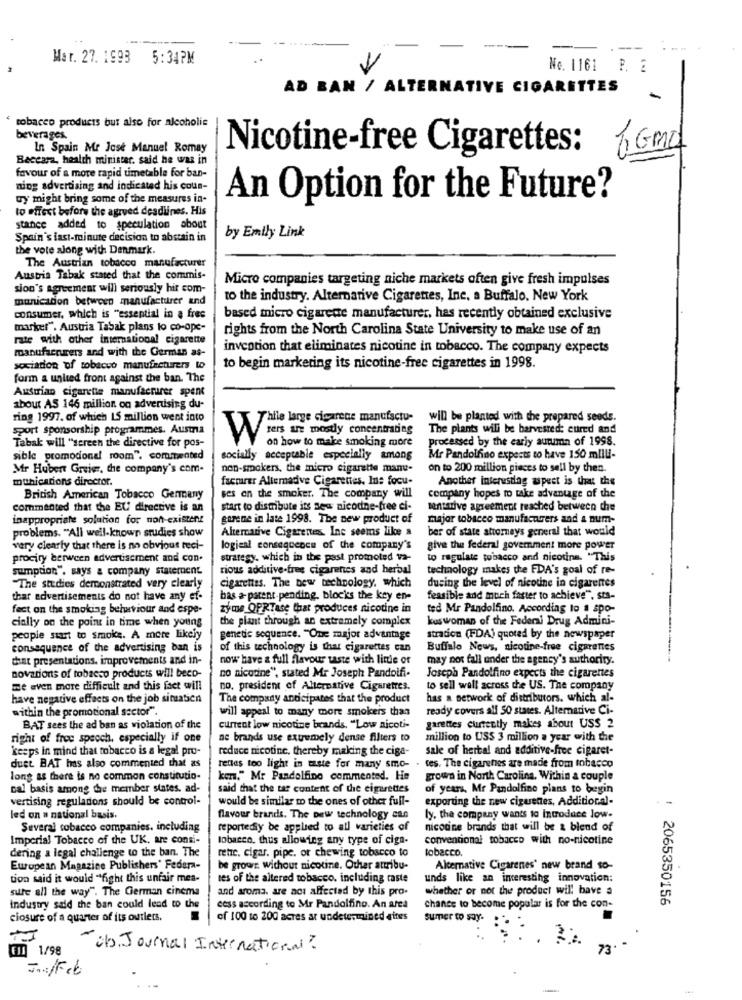
-----
Mar. 27. 1993 5:34PM
No. 1161 P. 2
AD BAN / ALTERNATIVE CIGARETTES
-
tobacco products but also for alcoholic
beverages.
In Spain Me Jose Manuel Romay
Nicotine-free Cigarettes: 1Gmo
Baccara, health minister. said he was in
favour of a more rapid umetable for ban-
ning advertising and indicated his coun-
ty might bring some of the measures in-
An Option for the Future?
to effect before the agrved deadlines. His
stance added to speculation about
Spain's last-minute decision to abstain in
by Emily Link
the vote along with Denmark.
The Austrian tobacco manufacturer
Austria Tabak stated that the commis-
Micro companies targeting niche markets often give fresh impulses
sion's agreement will seriously hir com-
munication between manufacturer and
to the industry. Alternative Cigarettes, Inc. a Buffalo, New York
consumer, which is "essential in a free
based micro cigarede manufacturer, has recently obtained exclusive
marker", Austria Tabak plans to co-ope-
rights from the North Carolina State University to make use of an
rate with other international cigarette
manufacturers and with the German as-
invention that eliminates nicotine in tobacco. The company expects
sociation of tobacco manufacturers wo
to begin marketing its nicotine-free cigarettes in 1998.
form a united front against the ban. The
Austrian cigarette manufacturer spent
about AS 146 million on advertising du-
ring 1997. of which LS million went into
Thile large cigarene manufactu-
will be planted with the prepared seeds.
sport sponsorship programmes. Austria
The plants will be barvested: cured and
on how to make smoking more
Processed by the early autumn of 1998.
Tabak will "screen the directive for pos-
sible promodonal room". commented
socially acceptable especially among
Mr Pandolfino expects to have 150 milli-
Mr Hubert Greier, the company's com-
non-smokers, the micro cigarette manu-
on to 200 million pieces to sell by then.
munications director.
facturer Alternadve Cigarettes. Ine focu-
Another interesting wpeet is that the
British American Tobacco Germany
ses on the smoker. The company will
company hopes to take advantage of the
commented that the EU directive is an
start to distribute its sew nicodne-free ci-
mentative agreement reached between the
inappropriate solution for non-existent
gorene in late 1998. The new product of
major tobacco manufacturers and a num-
Alternative Cigarentes. Inc seems like a
ber of state attorneys general that would
problems. "All well-known studies show
very clearly that there is no obvious reci-
logical consequence of the company's
give the federal government more power
procity berween advertisement and con.
strategy. which in the past promoted va-
to regulate tobacco and nicotina. "This
sumption", says & company statement
rious additive-free cigarettes and herbal
technology makes the FDA's goal of re-
"The studies demonstrated very clearly
cigarettes. The new technology, which
during the level of nicodne in cigarettes
that advertisements do not have any ef-
has a patent pending. blocks the key en-
feasible and much faster to achieve", sts-
fect on the smoking belurviour and espe-
zyme OPRTase that produces nicotine in
ted Mr Pandolfino. According to a spo-
cially on the point in time when young
the plant through an extremely complex
kus woman of the Federal Drug Admini-
people start to smoke. A more likely
genetic sequence. "One major advantage
stration (FDA) quoted by the newspaper
consequence of the advertising ban is
of this technology is that cigarettes can
Buffalo News, nicotine-free cigarettes
that presentations. improvements and in-
now have a full flavour taste with little of
may not fall under the agency's authority.
novations of tobacco products will beco-
no nicotine", stated Mr Joseph Pandolfi-
Joseph Pandolfino expects the cigarettes
me even more difficult and this fact will
no, president of Alternative Cigarettes.
to sell wall across the US. The company
have negative effects on the job simaticn
The company anticipates that the product
has a network of distributors, which al-
within the promotional sector".
will appeal to many more smokers than
ready covers all 50 states. Alternative Ci-
BAT sees the ad ban as violation of the
current low nicotine brands. "Low nicoti-
garettes currently makes about US$ 2
right of froe speoch, especially if one
ne brands use extremely dense filters to
million to USS 3 million a year with the
keeps in mind that tobacco is a legal pro-
reduce nicotine, thereby making the ciga-
sale of herbal and additive-free cigaret-
duet BAT has also commented that as
rentes too light in taste for many smo- . tes. The cigarenies are made from tobacco
long as there is no common constitutio-
ken." Mr Pandolfino commented. He
grown in North Carolina. Within a couple
cal basis among the member states. ad-
said that the tar content of the cigarettes
of years, Mr Pandolfino plans to begin
vertising regulations should be control-
would be similar mo the ones of other full-
exporting the new ciguentes, Additional-
led on a national basis.
flavour brands. The new technology can
ly. the company wants to Introduce low-
Several tobacco companies, including
reportedly be applied to all varieties of
nicodine brands that will be & blend of
Imperial Tobacco of the UK. are consi-
tobacco. thus allowing any type of ciga-
conventional tobacco with no-nicotine
dering a legal challenge to the ban. The
rehe. cigar. pipe, or chewing tobacco to
tobacco.
European Magazine Publishers' Federa-
be growr. without nicotine. Other attribu-
Alternative Cigarenes' new brand so-
tion said it would "fight this unfair mes-
res of the altered tobacco. including raste
unds like an interesting innovation;
sure all the way". The German cinema
and aroma. are acı affected by this pro-
whether or not the product will have a
2065350156
industry said the ban could lead to the
cess according to Mr Pandolfino. An area
chance to become popular is for the con-
closure of a quarter of its outlets.
of 100 to 200 acres ar undetermined sites
sumer to say.
im 1/98
obs. Journal International ?
73
J .: /Feb